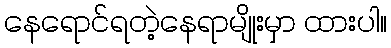
နေရောင်ရတဲ့နေရာမျိုးမှာ ထားပါ။